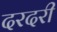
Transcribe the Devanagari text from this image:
दरदरी